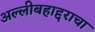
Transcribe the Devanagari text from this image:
अल्लीबहाद्दराचा